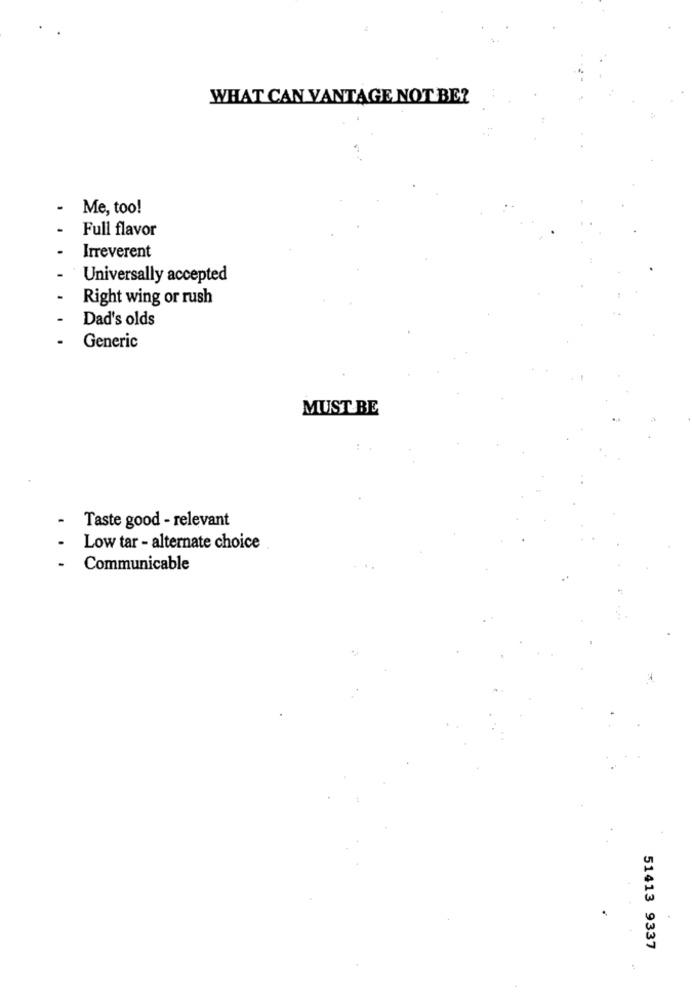
WHAT CAN VANTAGE NOT BE?
-
Me, too!
-
Full flavor
Irreverent
Universally accepted
Right wing or rush
Dad's olds
Generic
MUST BE
Taste good - relevant
Low tar - alternate choice
Communicable
51413 9337
1